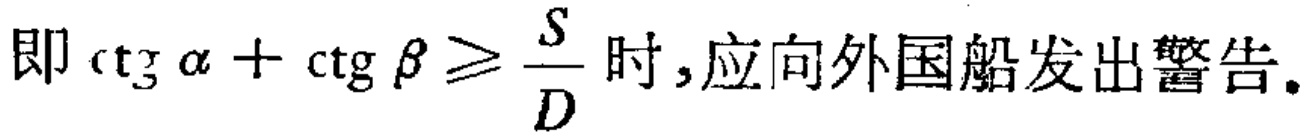
即\(\cot \alpha + \cot \beta \geqslant \frac{S}{D}\)时,应向外国船发出警告。